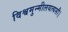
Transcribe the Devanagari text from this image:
विश्वमुन्मीलयत्यसौ।